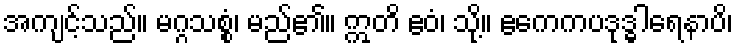
အကျင့်သည်။ မဂ္ဂသစ္စံ၊ မည်၏။ ဣတိ ဧဝံ၊ သို့။ ဧကေကပဒုဒ္ဓါရေနာပိ၊